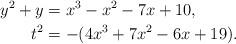
LaTeX: \begin{align*} y^2+y & = x^3-x^2-7x+10,\\t^2 & = -(4x^3+7x^2-6x+19).\end{align*}